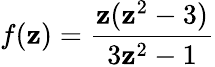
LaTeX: f(\mathbf{z})=\frac{{\mathbf{z}(\mathbf{z}^{2}-3)}}{{3\mathbf{z}^{2}-1}}